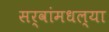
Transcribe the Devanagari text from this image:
सर्वांमधल्या